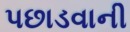
પછાડવાની